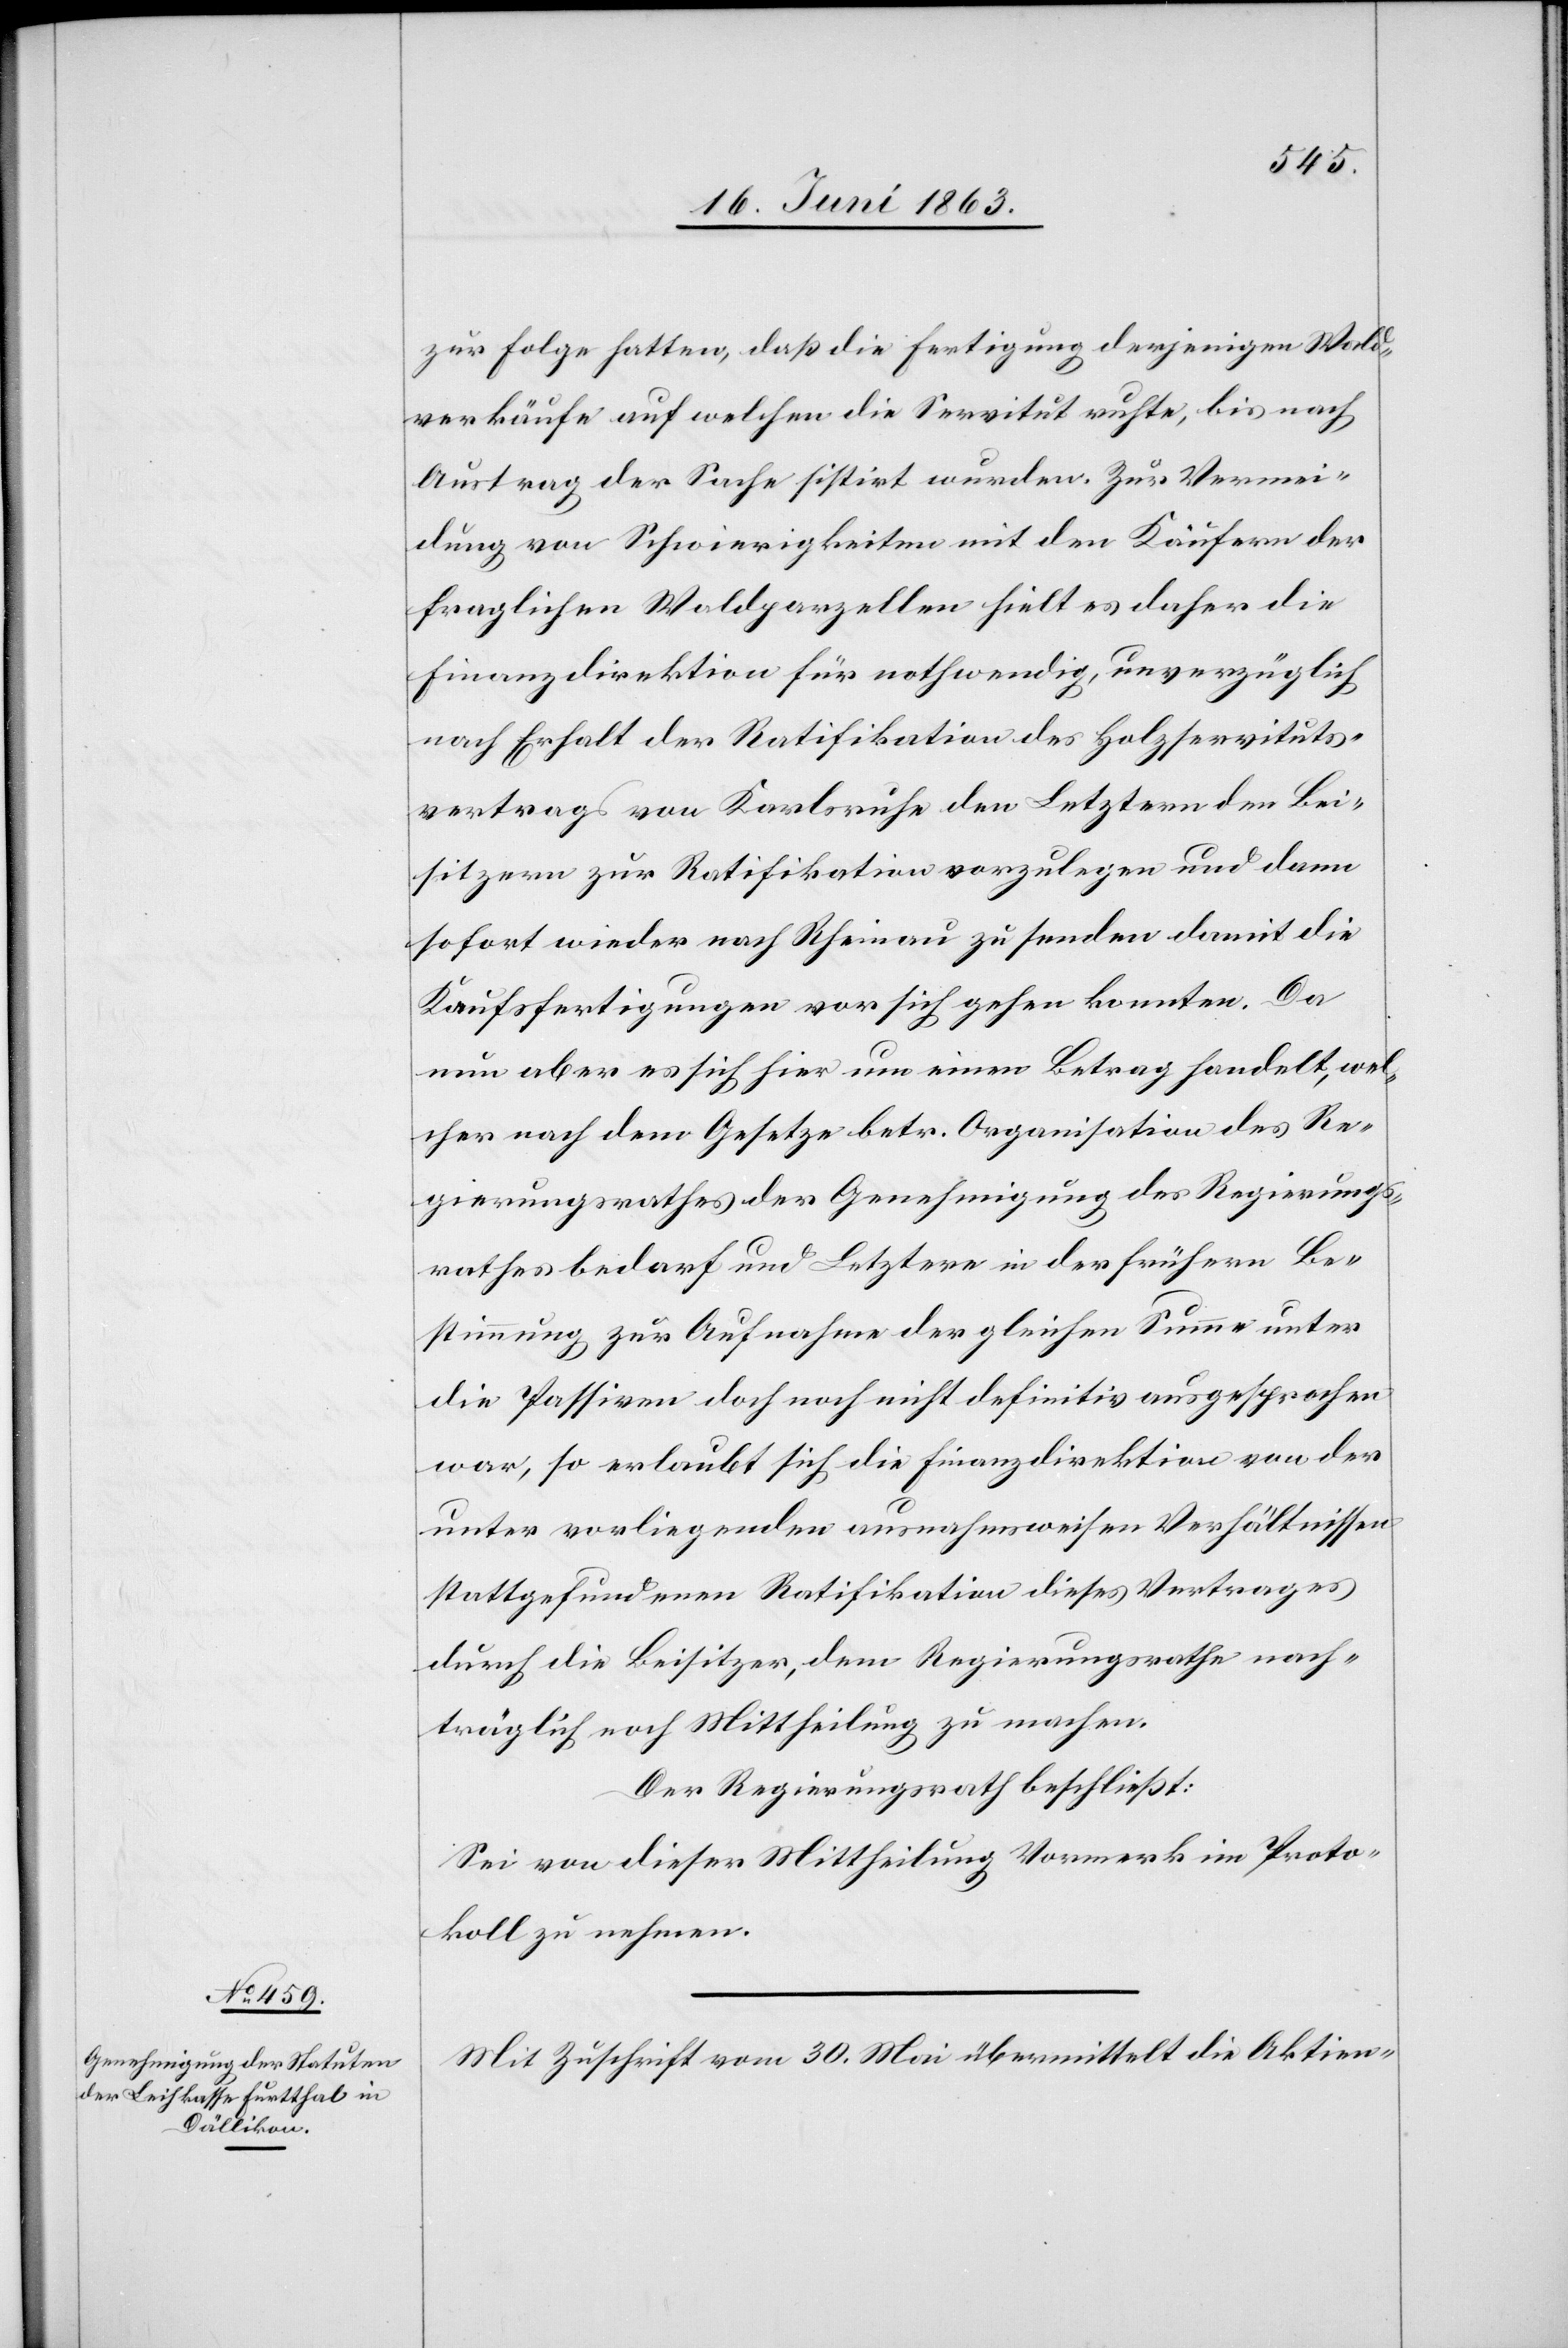
zur Folge hatten, daß die Fertigung derjenigen Wald¬
verkäufe auf welchen die Servitut ruhte, bis nach
Austrag der Sache sistirt wurden. Zur Vermei¬
dung von Schwierigkeiten mit den Käufern der
fraglichen Waldparzellen hielt es daher die
Finanzdirektion für nothwendig, unverzüglich
nach Erhalt der Ratifikation des Holzservituts¬
vertrags von Karlsruhe den Letztern den Be¬
sitzern zur Ratifikation vorzulegen und dann
sofort wieder nach Rheinau zu senden damit die
Kaufsfertigungen vor sich gehen konnten. Da
nun aber es sich hier um einen Betrag handelt, wel¬
cher nach dem Gesetze betr. Organisation des Re¬
gierungsrathes der Genehmigung des Regierungs¬
rathes bedarf und Letztere in der frühern Be¬
stimmung zur Aufnahme der gleichen Summe unter
die Passiven doch noch nicht definitiv ausgesprochen
war, so erlaubt sich die Finanzdirektion von der
unter vorliegenden ausnahmsweisen Verhältnissen
stattgefundenen Ratifikation dieses Vertrages
durch die Beisitzer, dem Regierungsrathe nach¬
träglich noch Mittheilung zu machen.
Der Regierungsrath beschließt:
Sei von dieser Mittheilung Vormerk im Proto¬
koll zu nehmen.
Mit Zuschrift vom 30. Mai übermittelt die Aktien-